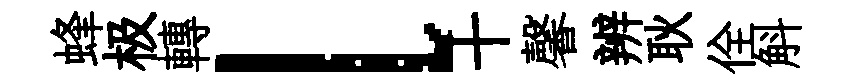
蜂极轉l十馨辨耿佺斛